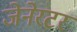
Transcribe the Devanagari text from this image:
जेनेरटर